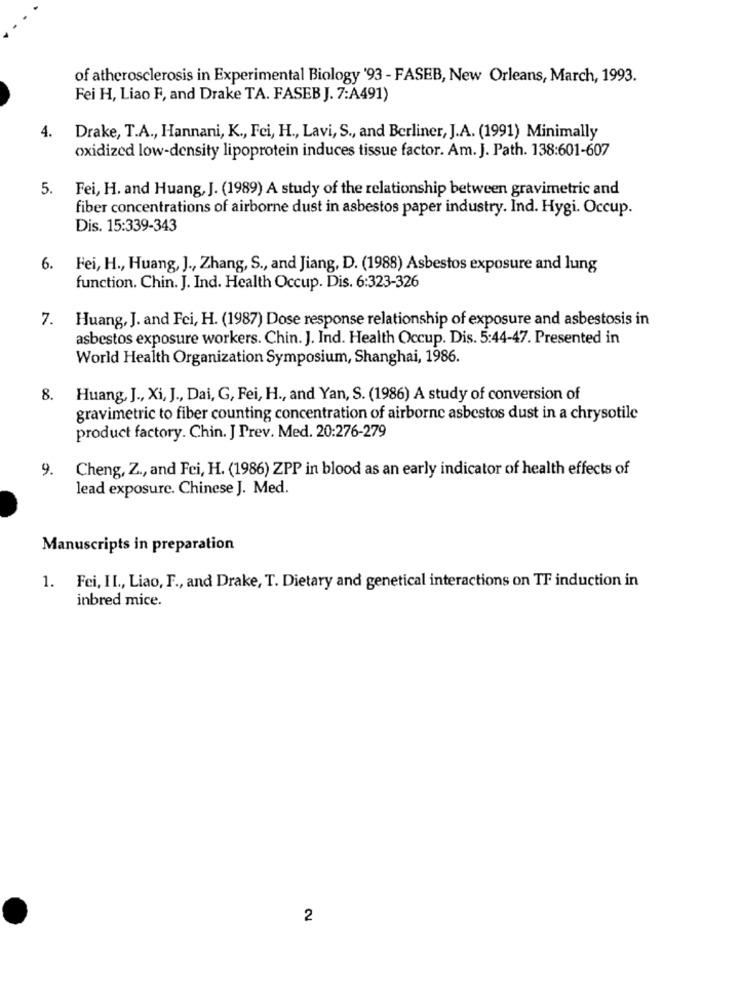
of atherosclerosis in Experimental Biology '93 - FASEB, New Orleans, March, 1993.
Fei H, Liao F, and Drake TA. FASEB J. 7:A491)
4. Drake, T.A ., Hannani, K ., Fei, H ., Lavi, S ., and Berliner, J.A. (1991) Minimally
oxidized low-density lipoprotein induces tissue factor. Am. J. Path. 138:601-607
5.
Fei, H. and Huang, J. (1989) A study of the relationship between gravimetric and
fiber concentrations of airborne dust in asbestos paper industry. Ind. Hygi. Occup.
Dis. 15:339-343
. Fei, H ., Huang, J ., Zhang, S ., and Jiang, D. (1988) Asbestos exposure and lung
function. Chin. J. Ind. Health Occup. Dis. 6:323-326
7. Huang, J. and Fei, H. (1987) Dose response relationship of exposure and asbestosis in
asbestos exposure workers. Chin. J. Ind. Health Occup. Dis. 5:44-47. Presented in
World Health Organization Symposium, Shanghai, 1986.
8. Huang, J ., Xi, J ., Dai, G, Fei, H ., and Yan, S. (1986) A study of conversion of
gravimetric to fiber counting concentration of airborne asbestos dust in a chrysotile
product factory. Chin. J Prev. Med. 20:276-279
9.
Cheng, Z ., and Fei, H. (1986) ZPP in blood as an early indicator of health effects of
lead exposure. Chinese J. Med.
Manuscripts in preparation
1. Fei, II ., Liao, F ., and Drake, T. Dietary and genetical interactions on TF induction in
inbred mice.
2